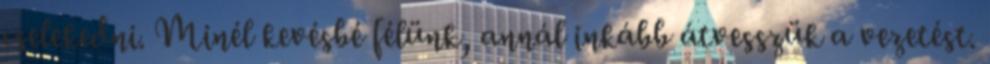
cselekedni. Minél kevésbé félünk, annál inkább átvesszük a vezetést.